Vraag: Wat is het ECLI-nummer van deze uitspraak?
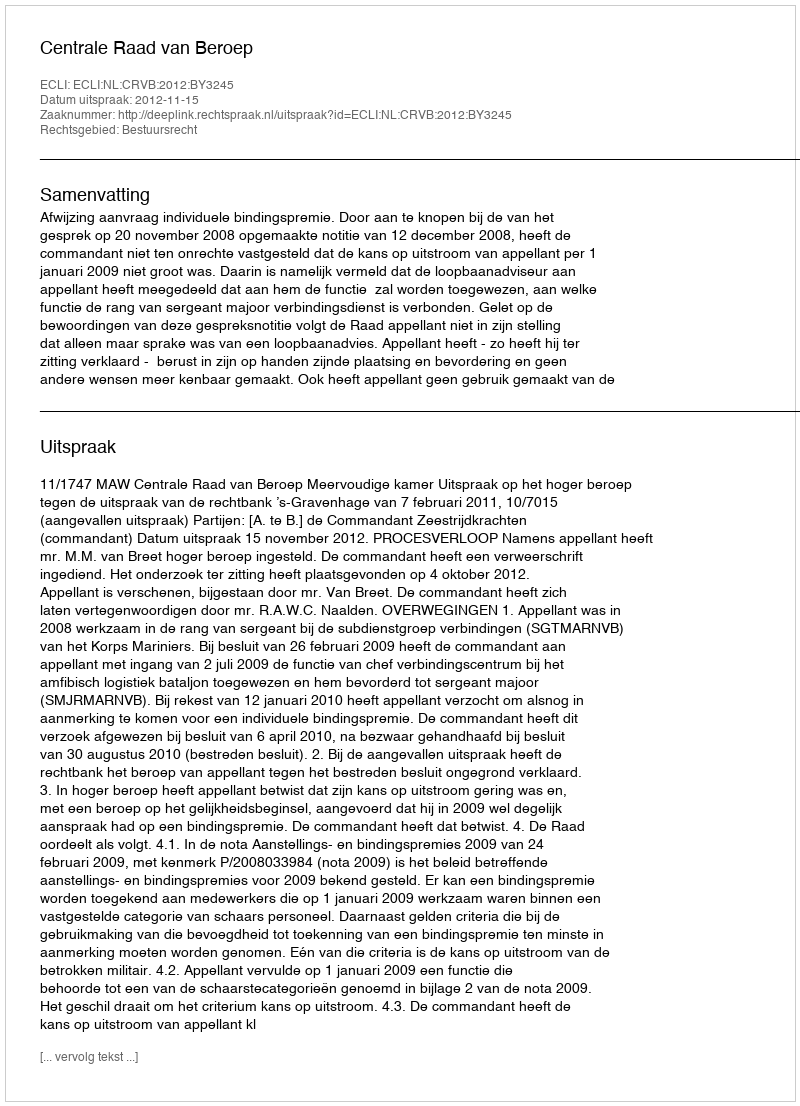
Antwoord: ECLI:NL:CRVB:2012:BY3245